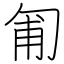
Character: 匍